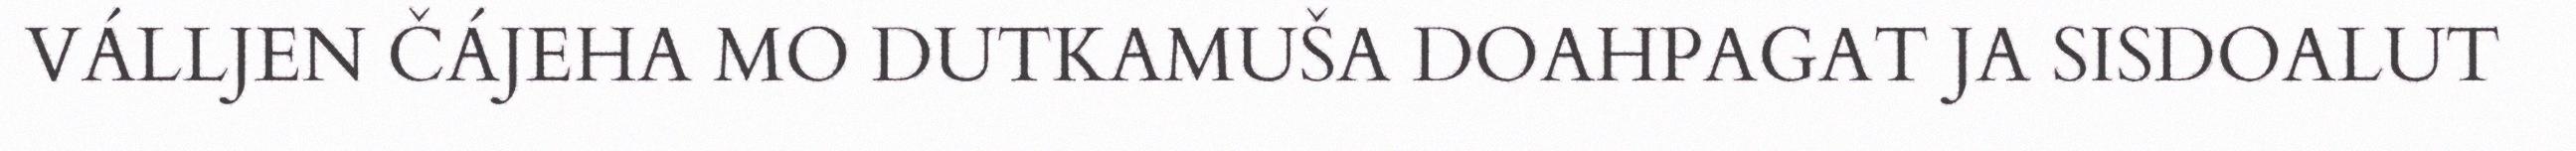
VÁLLJEN ČÁJEHA MO DUTKAMUŠA DOAHPAGAT JA SISDOALUT